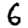
Digit: 6